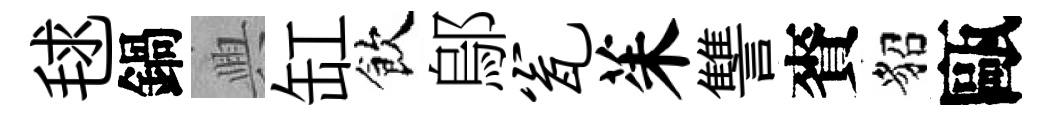
毬鍋興缸飲鄔瓮茱讐賚貂甌